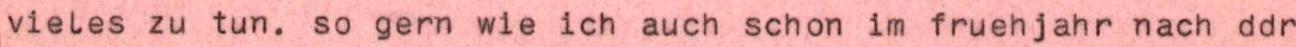
vieles zu tun. so gern wie ich auch schon im fruehjahr nach ddr